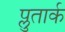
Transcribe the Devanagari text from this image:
प्लुतार्क